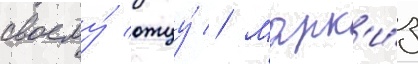
своему́ отцу́ // Марк'и́з